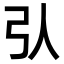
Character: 𢎢